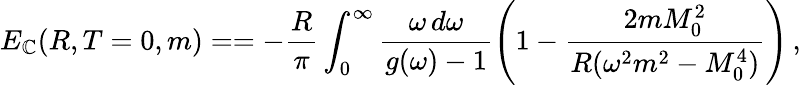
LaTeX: E_{\mathbb{C}}(R,T=0,m)==-\frac{{R}}{{\pi}}\int_{0}^{\infty}\frac{{\omega\, d\omega}}{{g(\omega)-1}}\left(1-\frac{{2mM_{0}^{2}}}{{R(\omega^{2}m^{2}-M_{0}^{4})}}\right)\, {,}